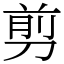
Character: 剪